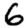
Digit: 6